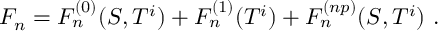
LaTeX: F _ { n } = F _ { n } ^ { ( 0 ) } ( S , T ^ { i } ) + F _ { n } ^ { ( 1 ) } ( T ^ { i } ) + F _ { n } ^ { ( n p ) } ( S , T ^ { i } ) \ .